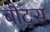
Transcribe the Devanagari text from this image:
बौट्स